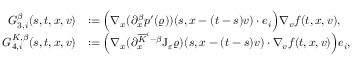
\begin{array} { r l } { G _ { 3 , i } ^ { \beta } ( s , t , x , v ) } & { : = \Big ( \nabla _ { x } ( \partial _ { x } ^ { \beta } p ^ { \prime } ( \varrho ) ) ( s , x - ( t - s ) v ) \cdot e _ { i } \Big ) \nabla _ { v } f ( t , x , v ) , } \\ { G _ { 4 , i } ^ { K , \beta } ( s , t , x , v ) } & { : = \Big ( \nabla _ { x } ( \partial _ { x } ^ { \overline { { K } } ^ { i } - \beta } \mathrm { J } _ { \varepsilon } \varrho ) ( s , x - ( t - s ) v ) \cdot \nabla _ { v } f ( t , x , v ) \Big ) e _ { i } , } \end{array}